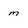
Character: M